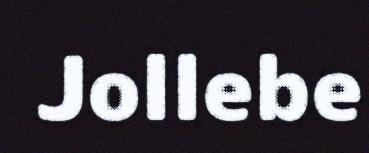
Jollebe